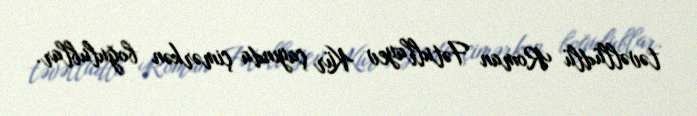
təvəllüdlü Roman Fətullayev Kür çayında çimərkən boğulublar.